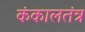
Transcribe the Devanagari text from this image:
कंकालतंत्र